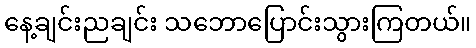
နေ့ချင်းညချင်း သဘောပြောင်းသွားကြတယ်။